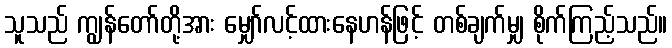
သူသည် ကျွန်တော်တို့အား မျှော်လင့်ထားနေဟန်ဖြင့် တစ်ချက်မျှ စိုက်ကြည့်သည်။